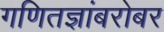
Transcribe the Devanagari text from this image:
गणितज्ञांबरोबर